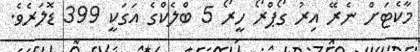
މާކެޓަށް ނެރޭ އިރު ގޯޕްރޯ ހީރޯ 5 ބްލެކްގެ އަގަކީ 399 ޑޮލަރެވެ.